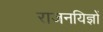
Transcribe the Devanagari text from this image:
राजनयिज्ञों